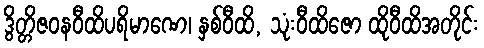
ဒွိတ္တိဇဝနဝီထိပရိမာဏေ၊ နှစ်ဝီထိ, သုံးဝီထိဇော ထိုဝီထိအတိုင်း